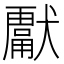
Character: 𭸮